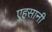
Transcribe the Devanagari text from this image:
एहसानी